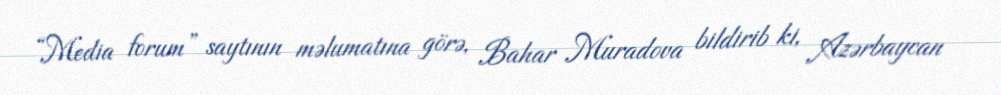
“Media forum” saytının məlumatına görə, Bahar Muradova bildirib ki, Azərbaycan